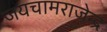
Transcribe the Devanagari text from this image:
जयचामराजेन्द्र